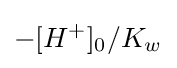
-[H^{+}]_{0}/K_{w^{}}